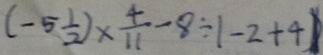
( - 5 \frac { 1 } { 2 } ) \times \frac { 4 } { 1 1 } - 8 \div \vert - 2 + 4 \vert